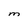
Character: M